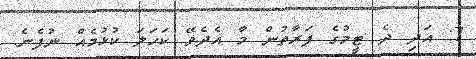
7: އަދި ދެ ޓީމުގެ ފަރާތުން މާ އެދެވޭ ކަހަލަ ކުޅުމެއް ނުފެނެ.